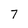
Character: 7